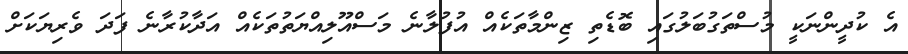
އެ ކުދީންނަކީ މުސްތަގުބަލުގައި ބޮޑެތި ޒިންމާތަކެއް އުފުލާނެ މަސްއޫލިއްޔަތުތަކެއް އަދާކުރާނެ ފަދަ ވެރިޔަކަށް